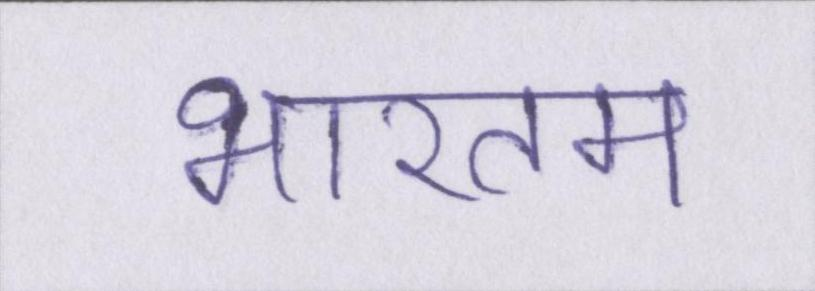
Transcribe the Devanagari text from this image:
भारतम